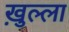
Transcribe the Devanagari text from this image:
ख़ुल्ला